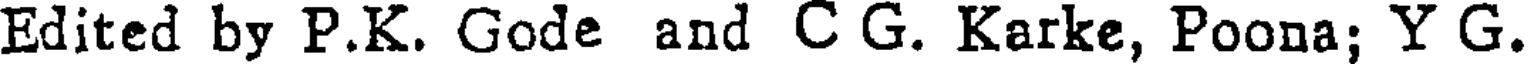
Edited by P.K. Gode and C G. Karke, Poona; Y G.